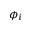
\phi _ { i }